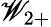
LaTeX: {\cal{\mathscr{W}}}_{2+}